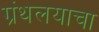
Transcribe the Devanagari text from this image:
ग्रंथलयाचा